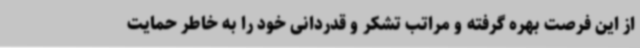
از این فرصت بهره گرفته و مراتب تشکر و قدردانی خود را به خاطر حمایت